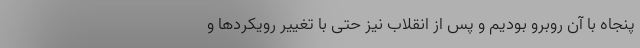
پنجاه با آن روبرو بودیم و پس از انقلاب نیز حتی با تغییر رویکردها و